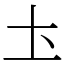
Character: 圡